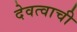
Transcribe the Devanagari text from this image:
देवत्वाची